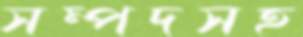
সম্পদসহ